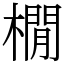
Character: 橌